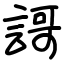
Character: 謌